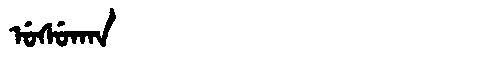
Manchu: ᡠᠰᡠᡴᠠᠨ
Romanization: USUKAN